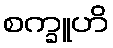
စက္ခူဟိ